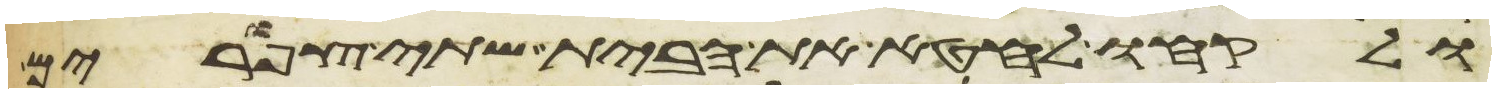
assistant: ולקחו לחטא את הבית שתי צפורים